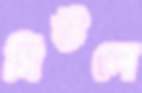
সিউলে